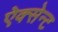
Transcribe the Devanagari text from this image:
ऐक्सेन्ट